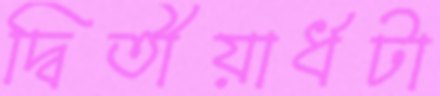
দ্বিতীয়ার্ধটা